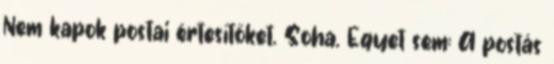
Nem kapok postai értesítőket. Soha. Egyet sem: A postás